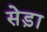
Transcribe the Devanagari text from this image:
सेड़ा